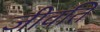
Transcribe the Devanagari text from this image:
जीवति